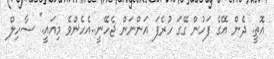
އޮތީ. ދެން އޭގެ ފަހުން ގޭގަ ހުރެފަ އަންނަން ޖެހޭނީ..އެހެންވެ މިއައީ." ސާހިލް